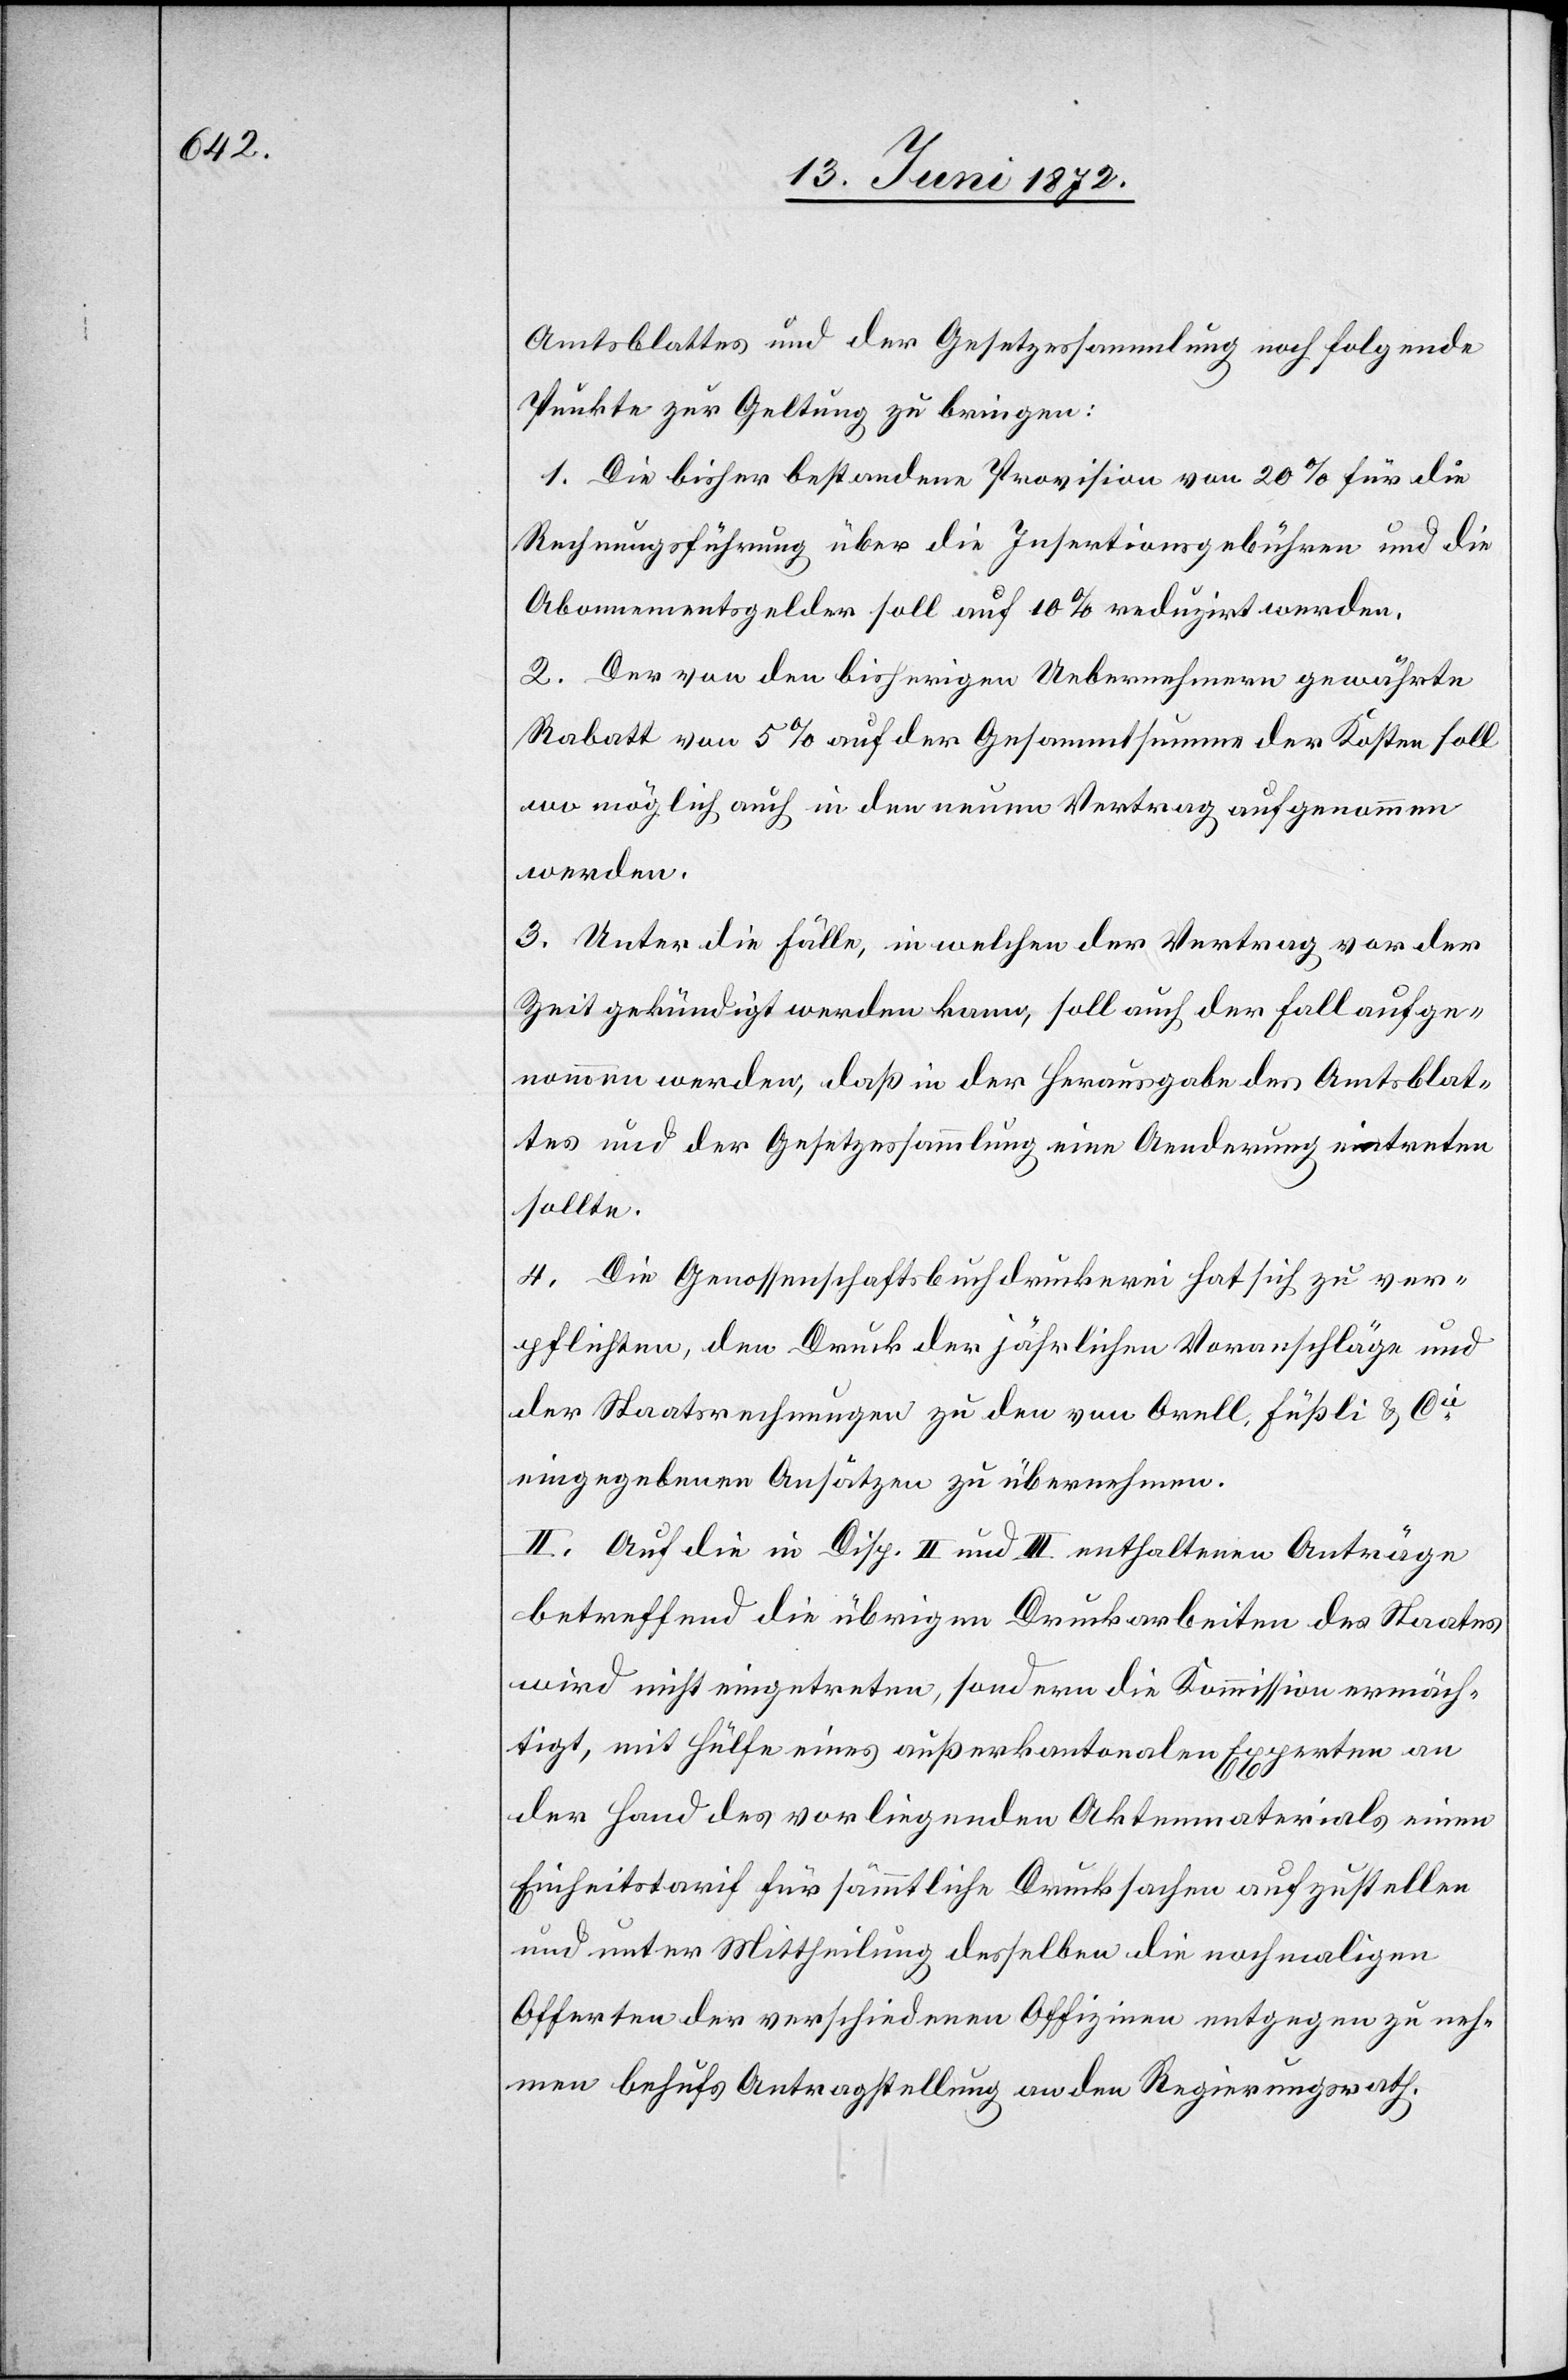
Amtsblattes und der Gesetzessammlung noch folgende
Punkte zur Geltung zu bringen:
1. Die bisher bestandene Provision von 20 % für die
Rechnungsführung über die Insertionsgebühren und die
Abonnementsgelder soll auf 10 % reduzirt werden.
2. Der von den bisherigen Uebernehmern gewährte
Rabatt von 5 % auf der Gesammtsumme der Kosten soll
wo möglich auch in den neuen Vertrag aufgenommen
werden.
3. Unter die Fälle, in welchen der Vertrag vor der
Zeit gekündigt werden kann, soll auch der Fall aufge¬
nommen werden, daß in der Herausgabe des Amtsblat¬
tes und der Gesetzessammlung eine Aenderung eintreten
sollte.
4. Die Genossenschaftsbuchdruckerei hat sich zu ver¬
pflichten, den Druck der jährlichen Voranschläge und
der Staatsrechnungen zu den von Orell, Füßli u. Cie
eingegebenen Ansätzen zu übernehmen.
II. Auf die in Disp. II und III. enthaltenen Anträge
betreffend die übrigen Druckarbeiten des Staates
wird nicht eingetreten, sondern die Kommission ermäch¬
tigt, mit Hülfe eines außerkantonalen Experten an
der Hand des vorliegenden Aktenmaterials einen
Einheitstarif für sämmtliche Drucksachen aufzustellen
und unter Mittheilung desselben die nochmaligen
Offerten der verschiedenen Offizinen entgegen zu neh¬
men behufs Antragstellung an den Regierungsrath.